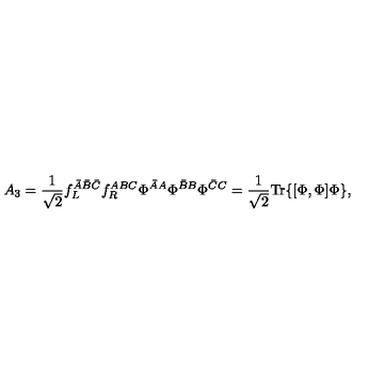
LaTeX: A _ { 3 } = \frac { 1 } { \sqrt { 2 } } f _ { L } ^ { \bar { A } \bar { B } \bar { C } } f _ { R } ^ { A B C } \Phi ^ { \bar { A } A } \Phi ^ { \bar { B } B } \Phi ^ { \bar { C } C } = \frac { 1 } { \sqrt { 2 } } \mathrm { T r } \{ [ \Phi , \Phi ] \Phi \} ,